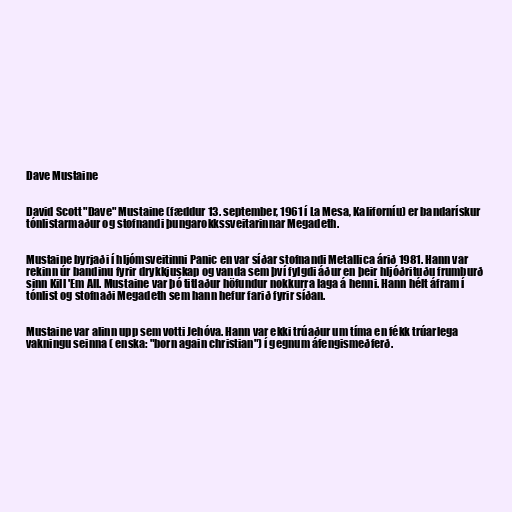
Dave Mustaine

David Scott "Dave" Mustaine (fæddur 13. september, 1961 í La Mesa, Kaliforníu) er bandarískur
tónlistarmaður og stofnandi þungarokkssveitarinnar Megadeth.

Mustaine byrjaði í hljómsveitinni Panic en var síðar stofnandi Metallica árið 1981. Hann var
rekinn úr bandinu fyrir drykkjuskap og vanda sem því fylgdi áður en þeir hljóðrituðu frumburð
sinn Kill 'Em All. Mustaine var þó titlaður höfundur nokkurra laga á henni. Hann hélt áfram í
tónlist og stofnaði Megadeth sem hann hefur farið fyrir síðan.

Mustaine var alinn upp sem votti Jehóva. Hann var ekki trúaður um tíma en fékk trúarlega
vakningu seinna ( enska: "born again christian") í gegnum áfengismeðferð.